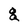
Character: g